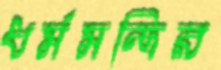
ধর্মমন্দির